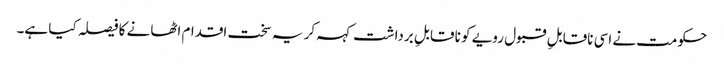
حکومت نے اسی ناقابلِ قبول رویے کو نا قابلِ برداشت کہہ کر یہ سخت اقدام اٹھانے کا فیصلہ کیا ہے۔